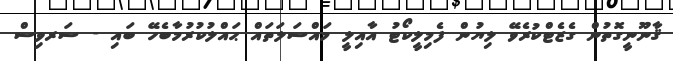
ޤާނޫނީގޮތުން ގެޒެޓްކުރެވޭ ލިޔުން ފެމިލީކޯޓު އާއިލީ މައްސަލަތައް ޙައްލުކުރުމާބެހޭ ބައި - ސަރވިސް